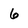
Character: 6